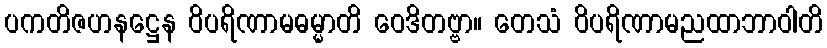
ပကတိဇဟနဋ္ဌေန ဝိပရိဏာမဓမ္မာတိ ဝေဒိတဗ္ဗာ။ တေသံ ဝိပရိဏာမညထာဘာဝါတိ